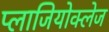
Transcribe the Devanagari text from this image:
प्लाजियोक्लेज